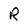
Character: R